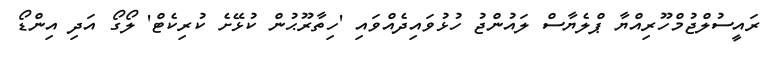
ރައީސުލްޖުމްހޫރިއްޔާ ޕްލެޔާސް ލައުންޖު ހުޅުވައިދެއްވައި 'ހިތާރޫޙުން ކުޅޭށެ ކުރިކެޓް' ލޯގޯ އަދި އިންޑޯ